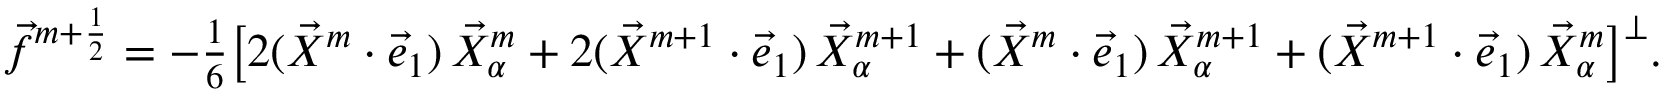
\begin{array} { r } { \vec { f } ^ { m + \frac { 1 } { 2 } } = - \frac { 1 } { 6 } \bigl [ 2 ( \vec { X } ^ { m } \cdot \vec { e } _ { 1 } ) \, \vec { X } _ { \alpha } ^ { m } + 2 ( \vec { X } ^ { m + 1 } \cdot \vec { e } _ { 1 } ) \, \vec { X } _ { \alpha } ^ { m + 1 } + ( \vec { X } ^ { m } \cdot \vec { e } _ { 1 } ) \, \vec { X } _ { \alpha } ^ { m + 1 } + ( \vec { X } ^ { m + 1 } \cdot \vec { e } _ { 1 } ) \, \vec { X } _ { \alpha } ^ { m } \bigr ] ^ { \perp } . } \end{array}